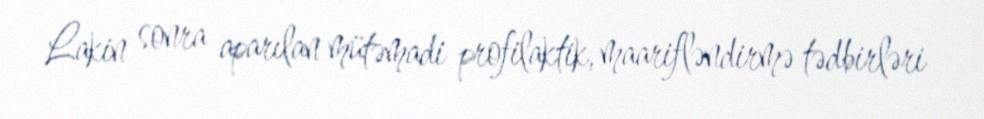
Lakin sonra aparılan mütəmadi profilaktik, maarifləndirmə tədbirləri